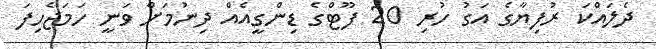
ދެލައްކަ ރުފިޔާގެ އަގު ހުރި 20 ފޫޓްގެ ޑިންގީއެއް ދިނުމަށް ވަނީ ހަމަޖެހިފަ